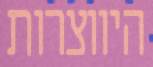
היווצרות